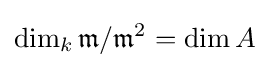
\dim _{k}{\mathfrak {m}}/{\mathfrak {m}}^{2}=\dim A